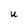
Character: U